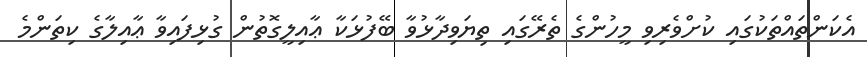
އެކަންތައްތަކުގައި ކުށްވެރިވި މީހުންގެ ތެރޭގައި ތިޔަވިދާޅުވާ ބޭފުޅަކާ ޢާއިލީގޮތުން ގުޅިފައިވާ ޢާއިލާގެ ކިތަންމެ